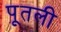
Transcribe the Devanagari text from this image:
पूतली